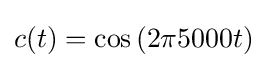
c(t)=\cos \left(2\pi 5000t\right)